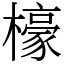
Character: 檺